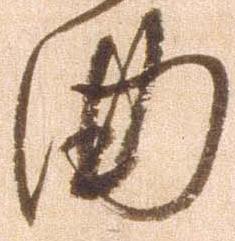
曲